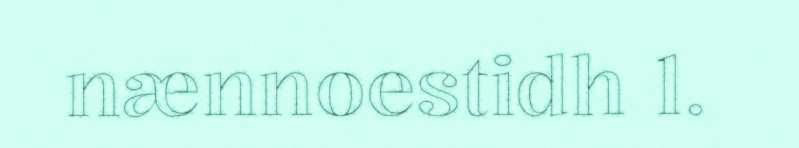
nænnoestidh 1.